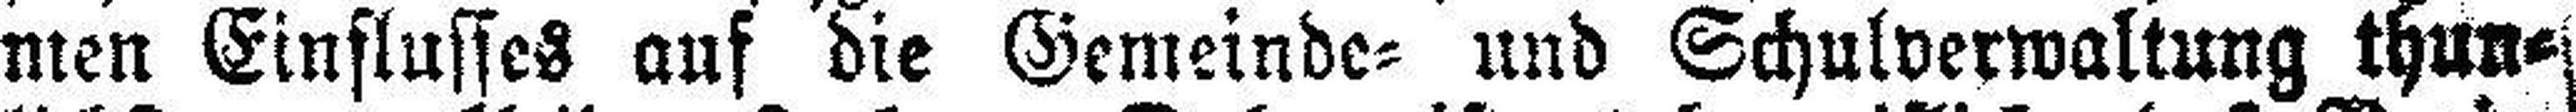
men Einflusses auf die Gemeinde= und Schulverwaltung thun¬